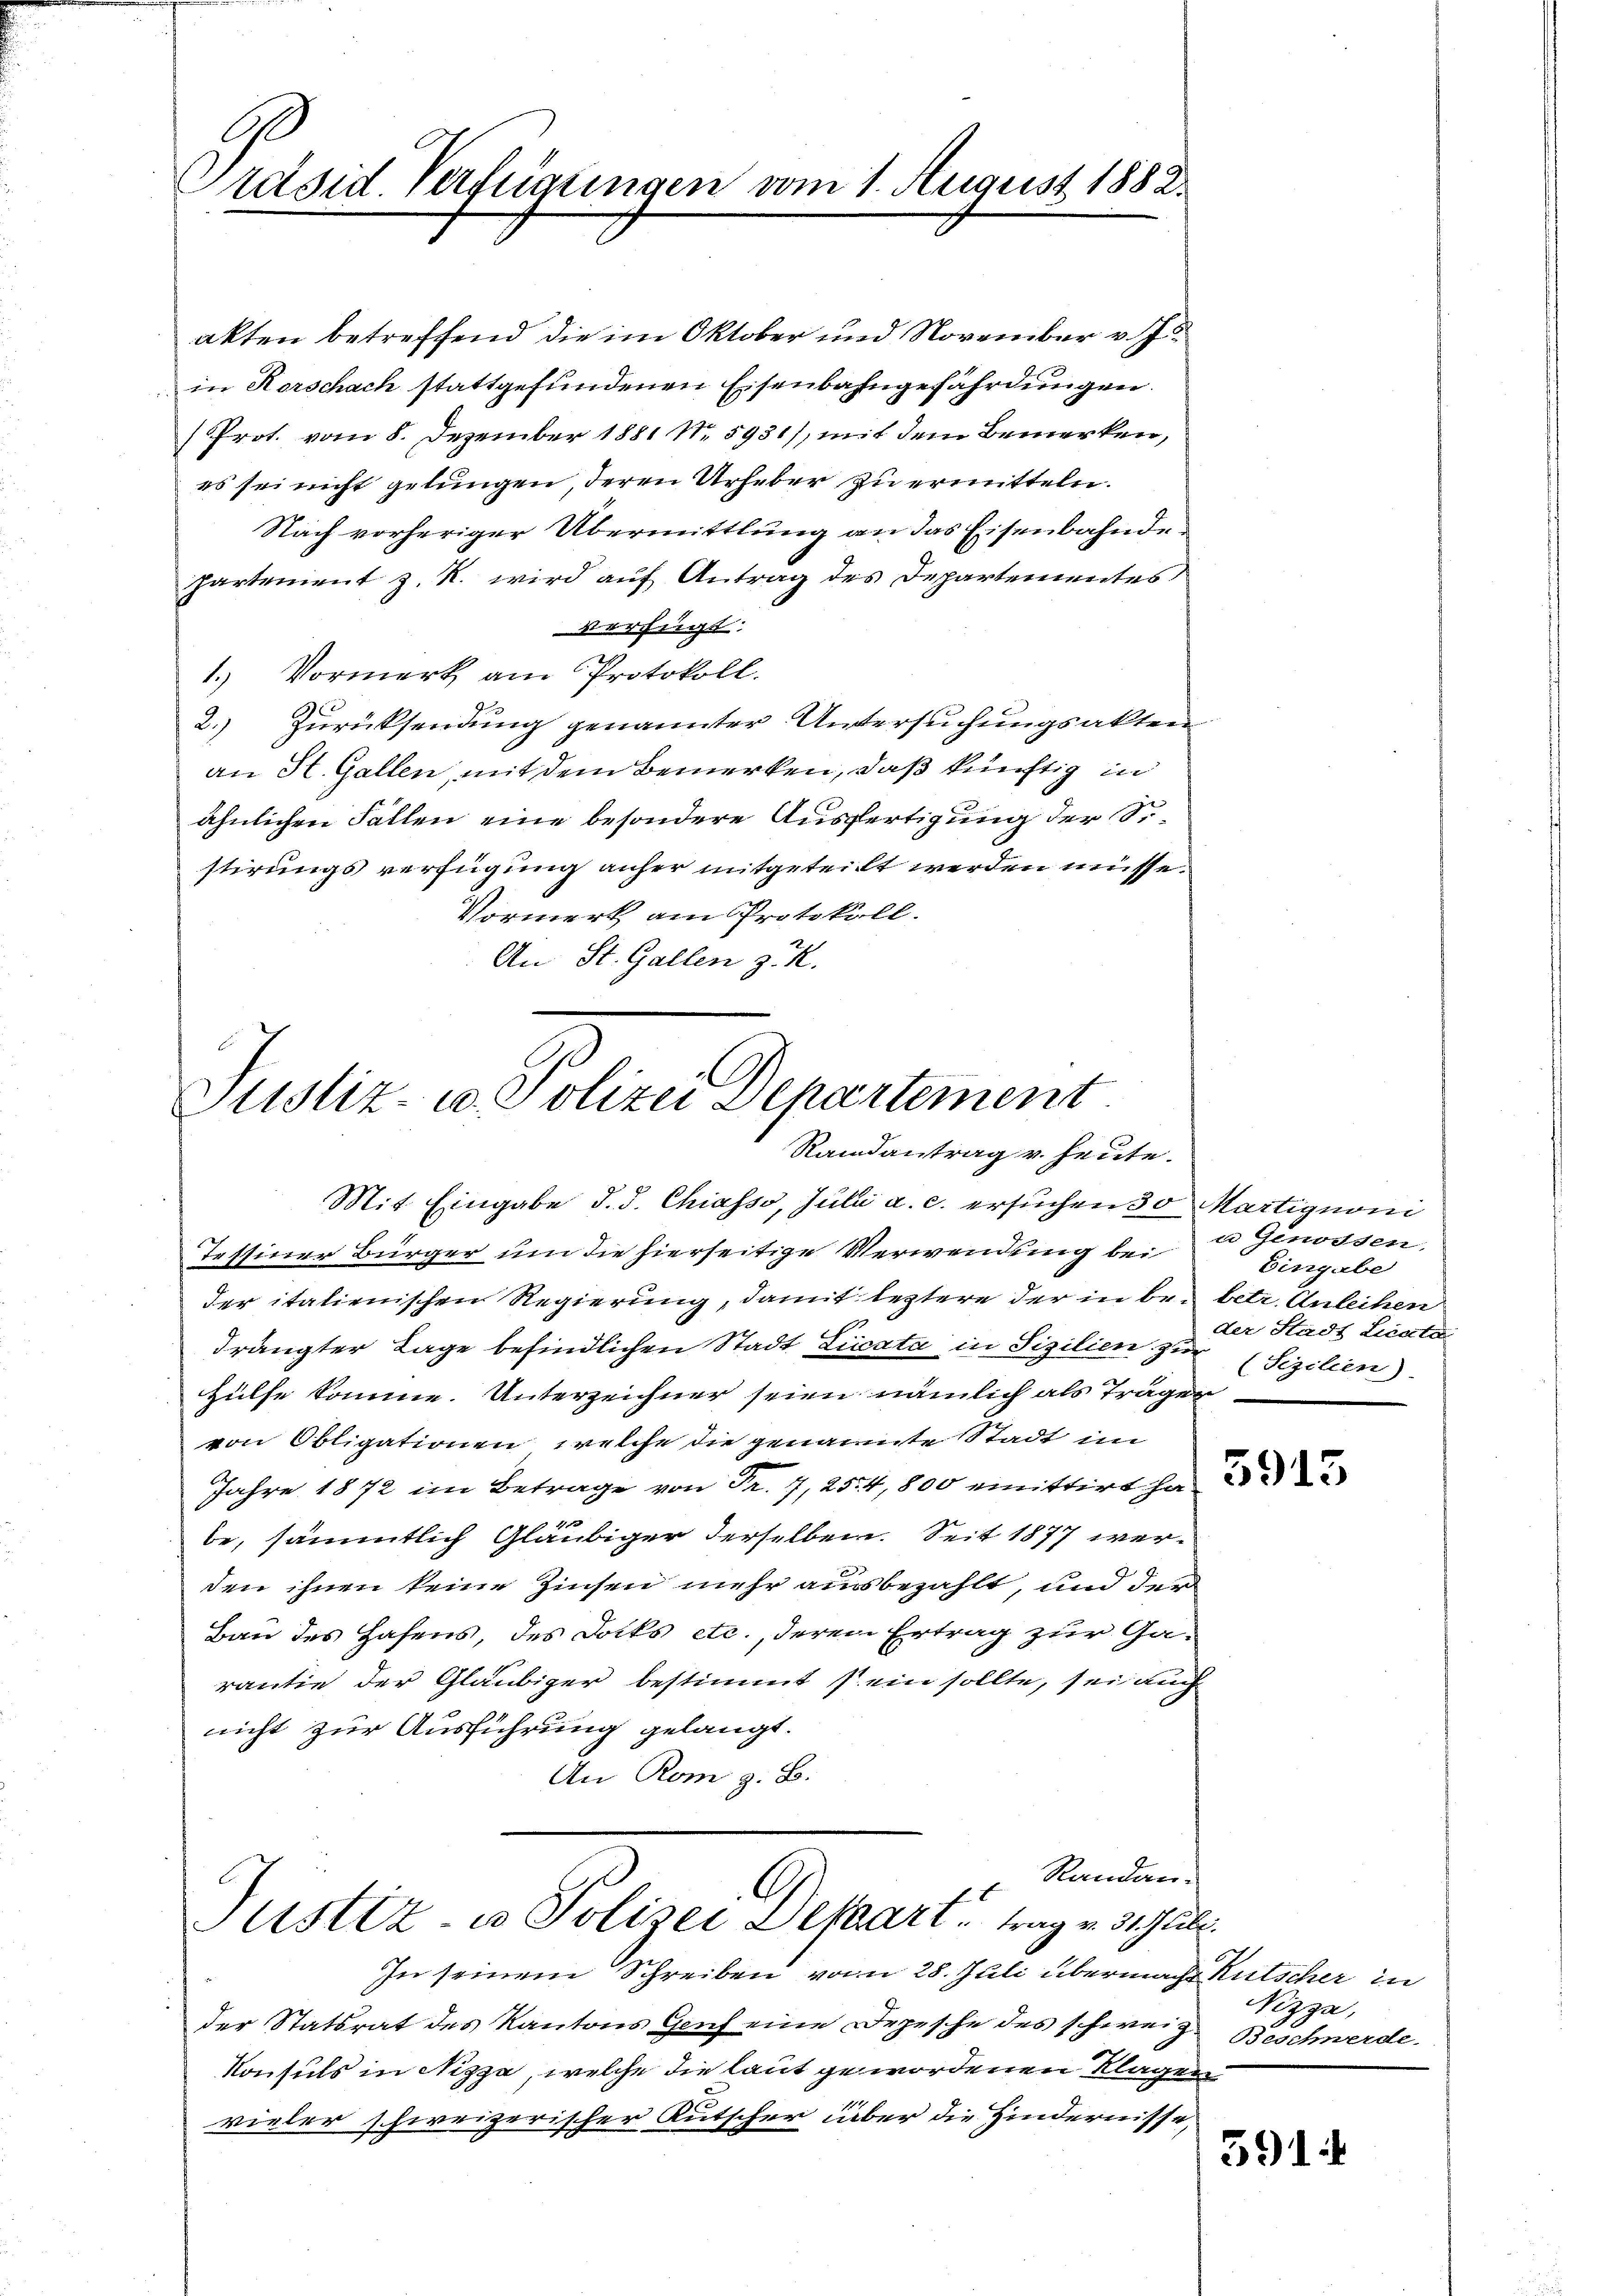
Präsid. Verfügungen vom 1. August 1882.

akten betreffend die im Oktober und November v. J.
in Rorschach stattgefundenen Eisenbahngefährdungen.
(Prot. vom 8. Dezember 1881 Nr. 5931), mit dem Bemerken,
es sei nicht gelungen, deren Urheber zu ermitteln.
Nach vorheriger Übermittlung an das Eisenbahndepartement z. R. wird auf Antrag des Departementes
verfügt:
1.) Vormerk am Protokoll.
2.) Zurücksendung genannter Untersuchungsakten
an St. Gallen, mit dem Bemerken, daß künftig in
ähnlichen Fällen eine besondere Ausfertigung der Sostirungsverfügung anher mitgeteilt werden müsse.
Vormerk am Protokoll.
An St. Gallen z. R.

Justiz- u. Polizei Departement
Randantrag v. heute.

Mit Eingabe d. d. Chiasso, Juli a. c. ersuchen 30 Martignoni
Tessiner Bürger um die hierseitige Verwendung bei
der italienischen Regierung, damit leztere der in be- betr. Anleihen
drängter Lage befindlichen Stadt Licata in Sizilien zur Sizilien).
Hülfe komme. Unterzeichner seien nämlich als Träger
von Obligationen, welche die genannte Stadt im
Jahre 1872 im Betrage von Fr. 7, 254,800 emittirt ha

be, sämmtlich Gläubiger derselben. Seit 1877 werden ihnen keine Zinsen mehr ausbezahlt, und der
Bau des Hafens, des Docks etc., derem Ertrag zur Ga-
rantie der Gläubiger bestimmt sein sollte, sei auch
nicht zur Ausführung gelangt.
An Rom z. B.
 Randan-
Justiz- u. Polizei Dekaart trag v. 31. Jull.
In seinem Schreiben vom 28. Juli übermache Rutscher in
der Statsrat des Kantons Genf eine Depesche des schweiz.
Konsuls in Nizza, welche die laut gewordenen Klagen
vieler schweizerischer Kutscher über die Hindernisse,

a Genossen,
Eingabe
der Stadt Licata

Nizza,
Beschwerde.

5914